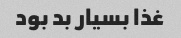
غذا بسیار بد بود